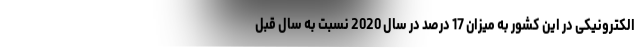
الکترونیکی در این کشور به میزان 17 درصد در سال 2020 نسبت به سال قبل